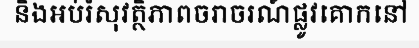
និងអប់រំសុវត្ថិភាពចរាចរណ៍ផ្លូវគោកនៅ